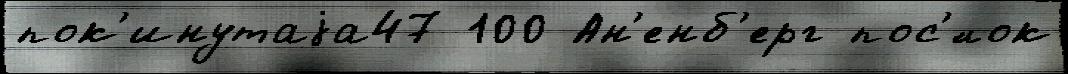
пок'инутаjа47 100 Ан'енб'ерг пос'́лок